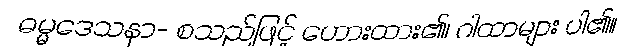
ဓမ္မဒေသနာ- စသည်ဖြင့် ဟေားထား၏၊ ဂါထာများ ပါ၏။